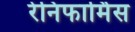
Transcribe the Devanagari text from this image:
रेनिफार्मिस